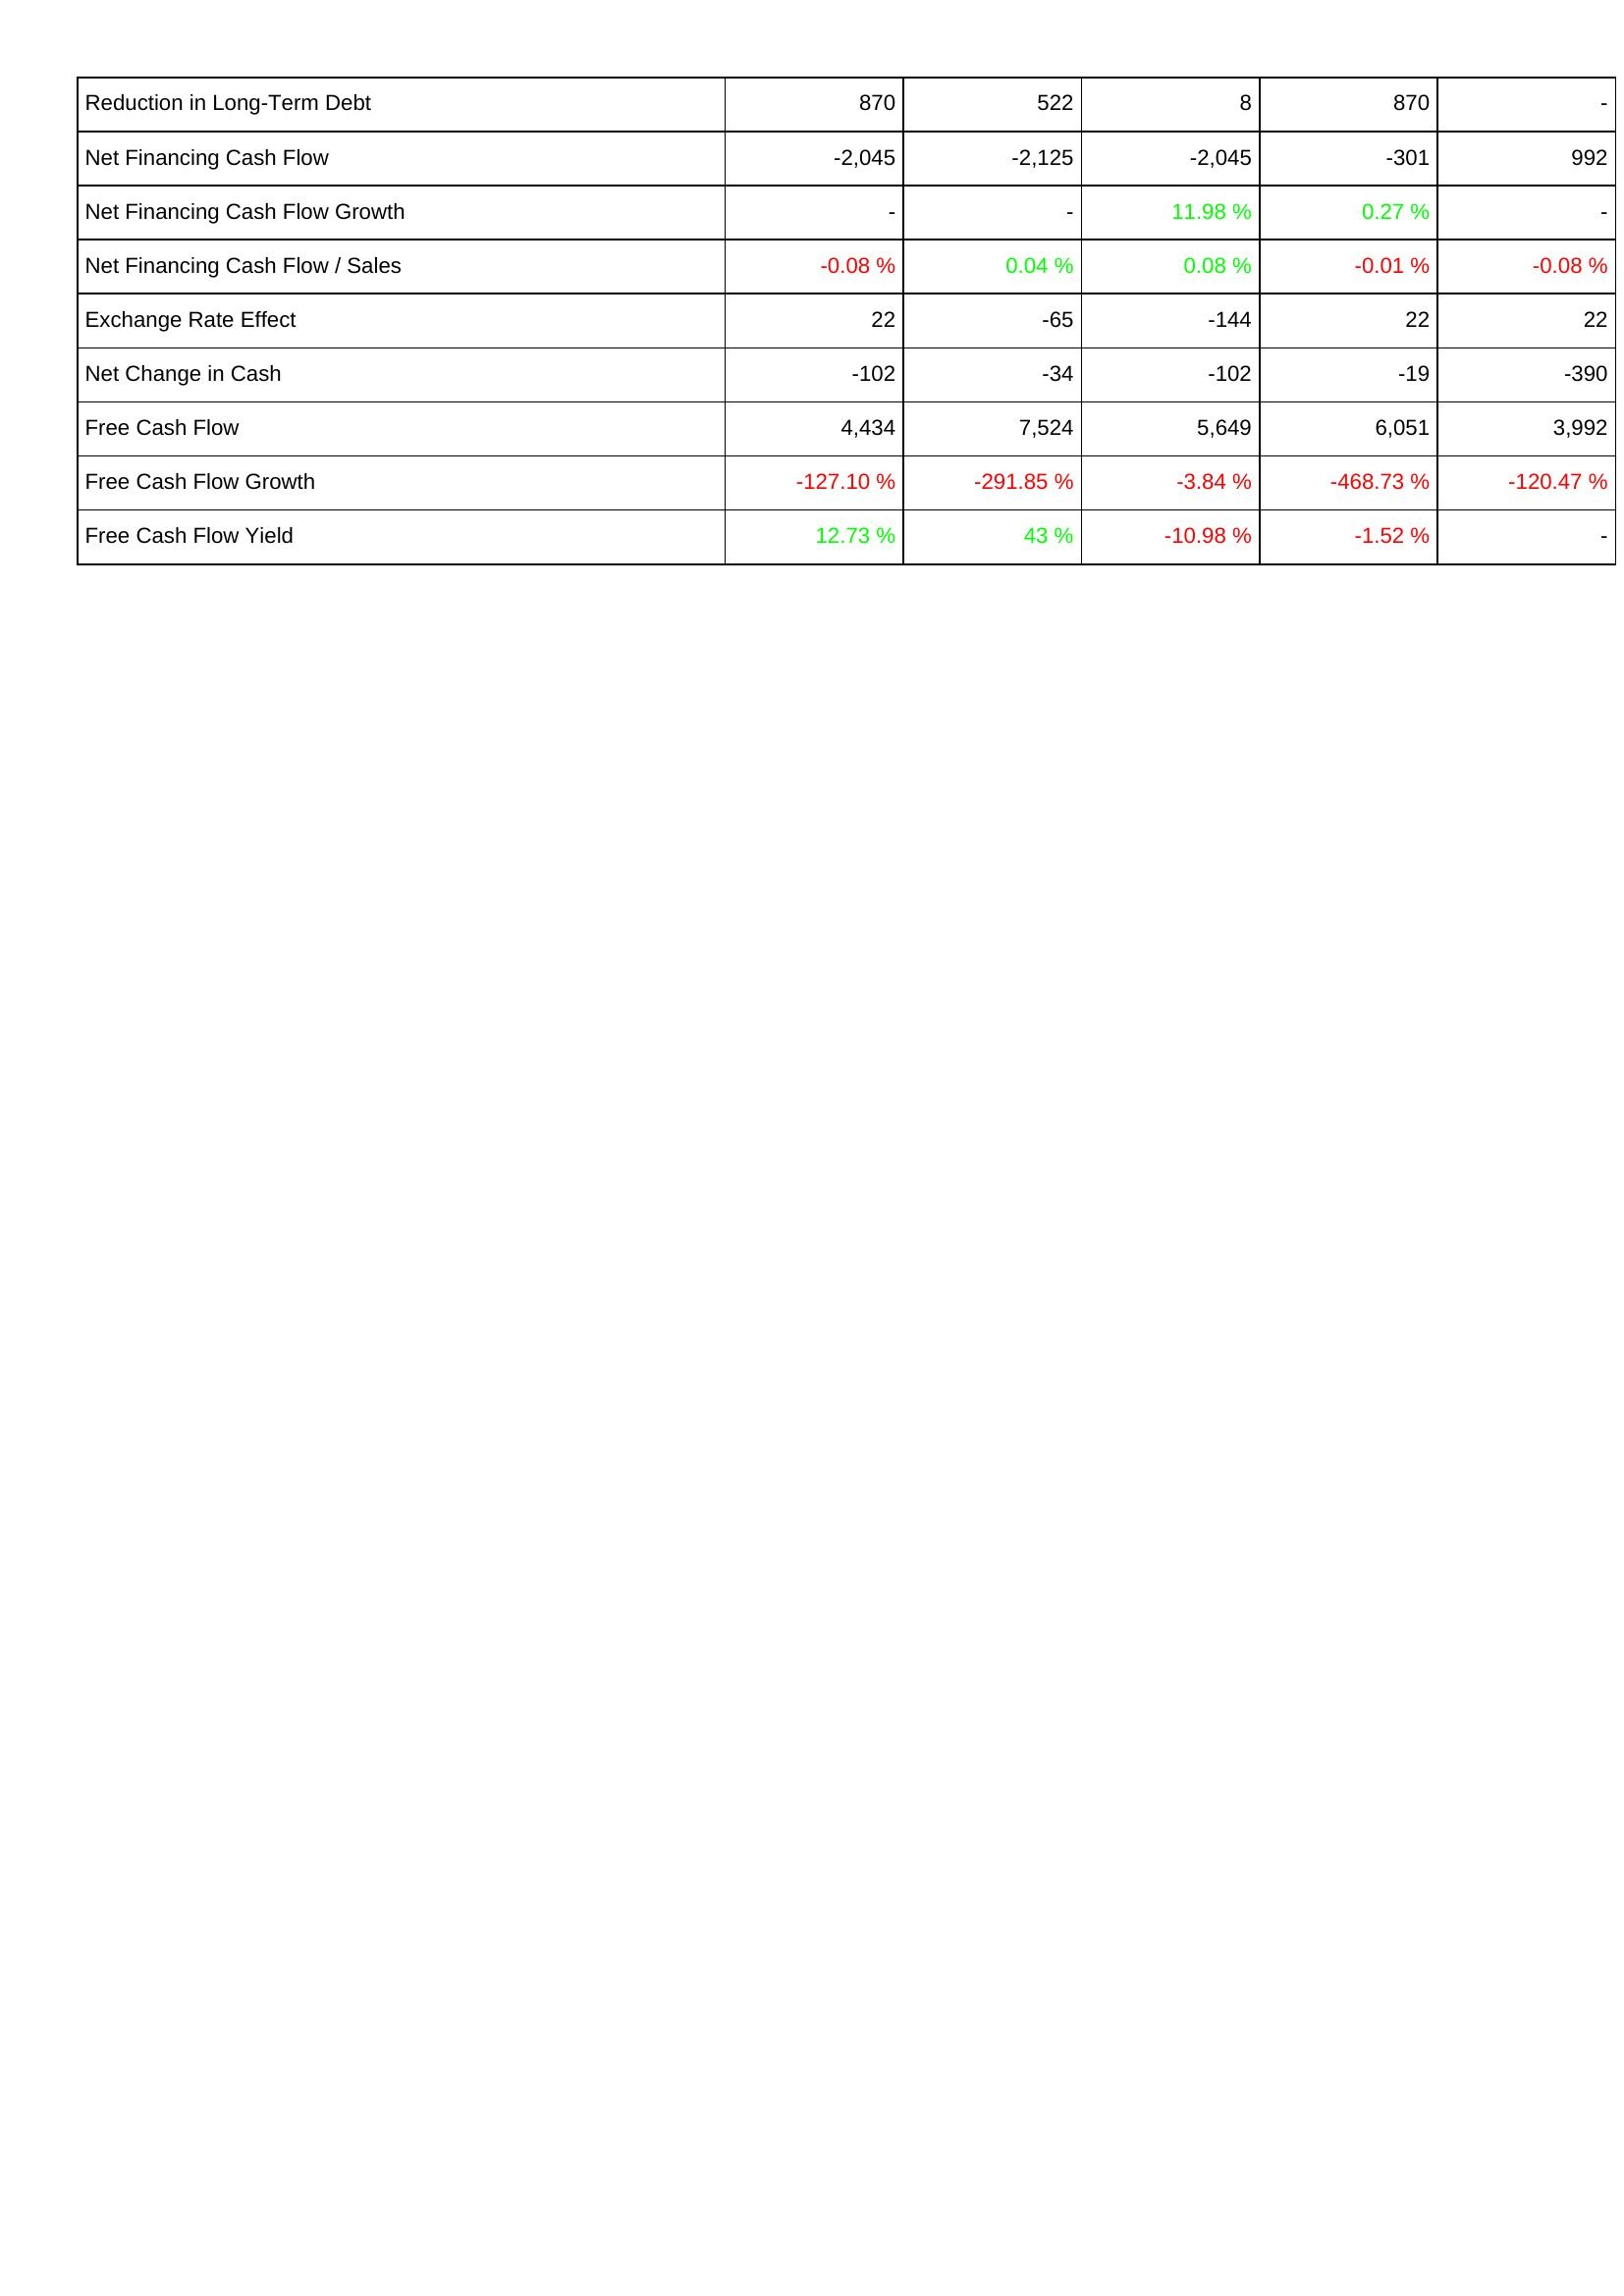
2014: Financing Activities: Reduction in Long-Term Debt: 870
Net Financing Cash Flow: -2,045
Net Financing Cash Flow Growth: -
Net Financing Cash Flow / Sales: -0.08 %
Exchange Rate Effect: 22
Net Change in Cash: -102
Free Cash Flow: 4,434
Free Cash Flow Growth: -127.10 %
Free Cash Flow Yield: 12.73 %
2013: Financing Activities: Reduction in Long-Term Debt: 522
Net Financing Cash Flow: -2,125
Net Financing Cash Flow Growth: -
Net Financing Cash Flow / Sales: 0.04 %
Exchange Rate Effect: -65
Net Change in Cash: -34
Free Cash Flow: 7,524
Free Cash Flow Growth: -291.85 %
Free Cash Flow Yield: 43 %
2012: Financing Activities: Reduction in Long-Term Debt: 8
Net Financing Cash Flow: -2,045
Net Financing Cash Flow Growth: 11.98 %
Net Financing Cash Flow / Sales: 0.08 %
Exchange Rate Effect: -144
Net Change in Cash: -102
Free Cash Flow: 5,649
Free Cash Flow Growth: -3.84 %
Free Cash Flow Yield: -10.98 %
2011: Financing Activities: Reduction in Long-Term Debt: 870
Net Financing Cash Flow: -301
Net Financing Cash Flow Growth: 0.27 %
Net Financing Cash Flow / Sales: -0.01 %
Exchange Rate Effect: 22
Net Change in Cash: -19
Free Cash Flow: 6,051
Free Cash Flow Growth: -468.73 %
Free Cash Flow Yield: -1.52 %
2010: Financing Activities: Reduction in Long-Term Debt: -
Net Financing Cash Flow: 992
Net Financing Cash Flow Growth: -
Net Financing Cash Flow / Sales: -0.08 %
Exchange Rate Effect: 22
Net Change in Cash: -390
Free Cash Flow: 3,992
Free Cash Flow Growth: -120.47 %
Free Cash Flow Yield: -